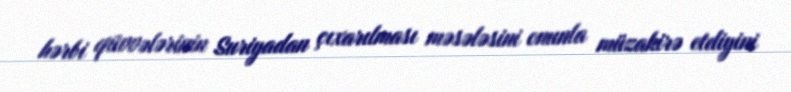
hərbi qüvvələrinin Suriyadan çıxarılması məsələsini onunla müzakirə etdiyini